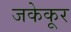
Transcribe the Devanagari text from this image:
जकेकूर